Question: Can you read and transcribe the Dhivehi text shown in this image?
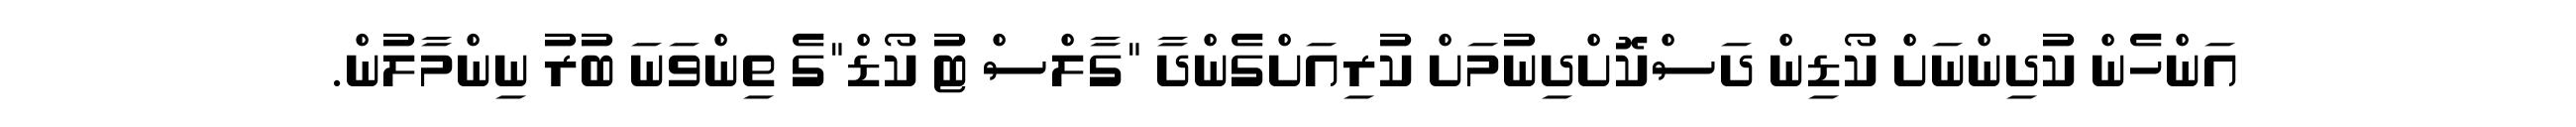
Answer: އަންހެން ކުދިންނަށް ކޯޑިން ދަސްކޮށްދިނުމަށް ކުރިއަށްގެންދާ "ގާލްސް ޓު ކޯޑް"ގެ ތިންވަނަ ބުރު ނިންމާލުން.